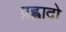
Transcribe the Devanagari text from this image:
प्रह्लादो